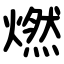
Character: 燃